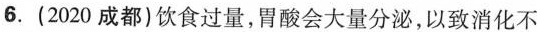
6.(2020成都)饮食过量，胃酸会大量分泌，以致消化不